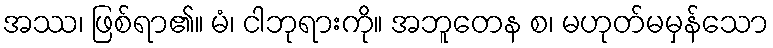
အဿ၊ ဖြစ်ရာ၏။ မံ၊ ငါဘုရားကို။ အဘူတေန စ၊ မဟုတ်မမှန်သော